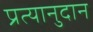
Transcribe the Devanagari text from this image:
प्रत्यानुदान